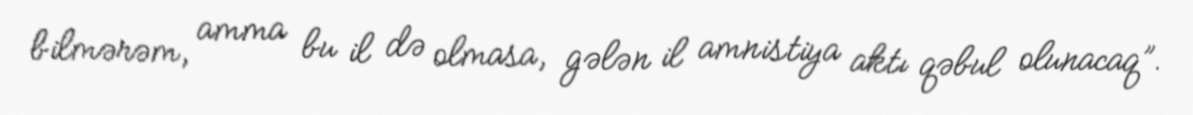
bilmərəm, amma bu il də olmasa, gələn il amnistiya aktı qəbul olunacaq”.